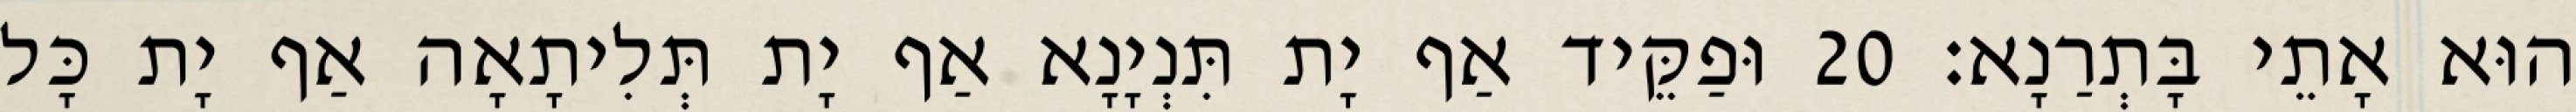
הוּא אָתֵי בָּתְרַנָא׃ 20 וּפַקֵּיד אַף יָת תִּנְיָנָא אַף יָת תְּלִיתָאָה אַף יָת כָּל